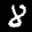
Label: 8